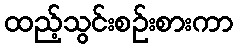
ထည့်သွင်းစဉ်းစားကာ